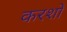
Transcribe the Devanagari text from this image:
करशो